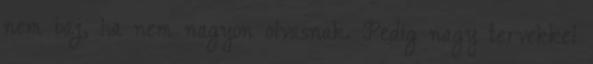
nem baj, ha nem nagyon olvasnak. Pedig nagy tervekkel